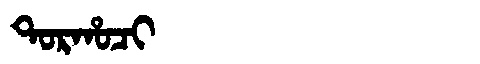
Manchu: ᡨᠣᡵᡥᠣᠴᡳ
Romanization: TORHOCI